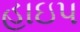
હાઇપ